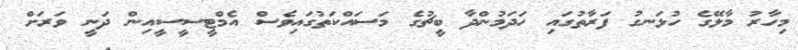
މިހާރު މާލޭގެ ހުޅަނގު ފަރާތުގައި ހަދަމުންދާ ބީޗުގެ މަސައްކަތުގައިވެސް އެމްޓީސީސީއިން ދަނީ ވަރަށް